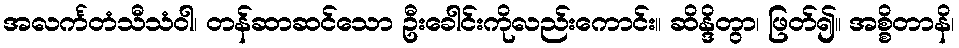
အလင်္ကတံသီသံဝါ၊ တန်ဆာဆင်သော ဦးခေါင်းကိုလည်းကောင်း။ ဆိန္ဒိတွာ၊ ဖြတ်၍။ အစ္စိတာနိ၊